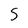
Character: 5